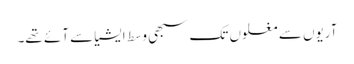
آریوں سے مغلوں تک سبھی وسط ایشیا سے آئے تھے۔